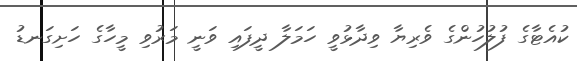
ކުއެޓާގެ ފުލުހުންގެ ވެރިޔާ ވިދާޅުވީ ހަމަލާ ދީފައި ވަނީ މަރުވި މީހާގެ ހަށިގަނޑު